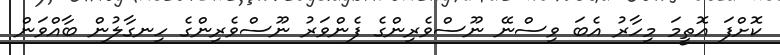
ކޮށްފަ އޮތީމަ މިހާރު އެބަ ވިސްނޭ ނޫސްވެރިންގެ ފެންވަރު ނޫސްވެރިންގެ ހިނގާލުން ބާއްވަން